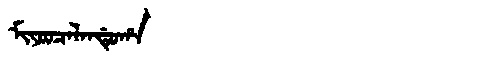
Manchu: ᠮᡳᠶᠣᠣᠴᠠᠯᠠᠨᡩᡠᡥᠠ
Romanization: MIYOOCALANDUHA